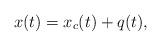
LaTeX: \begin{align*} x(t) = x_c(t) + q(t), \end{align*}